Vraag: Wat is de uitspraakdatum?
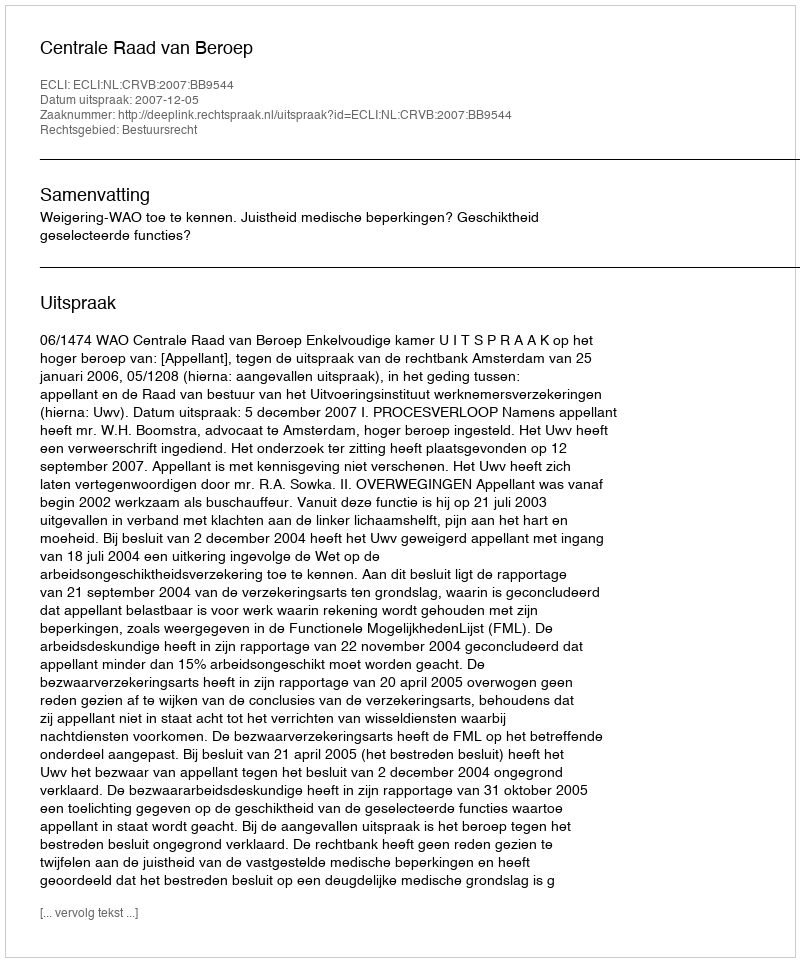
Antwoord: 2007-12-05